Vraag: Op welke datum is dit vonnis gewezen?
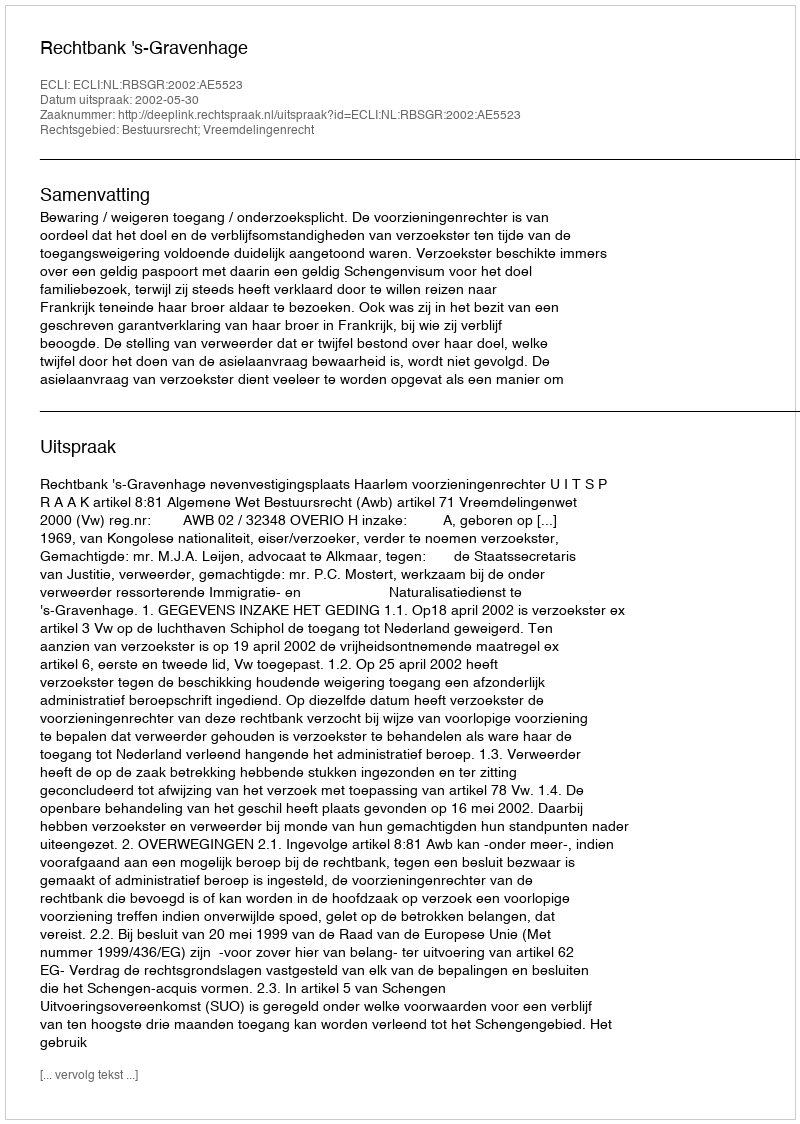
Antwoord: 2002-05-30